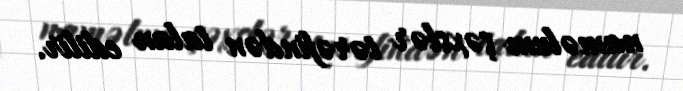
naməlum şəxslər tərəfindən talan edilir.